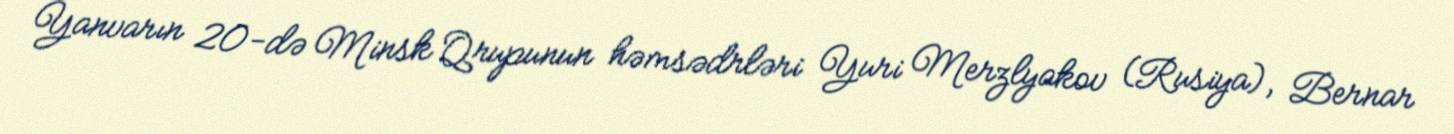
Yanvarın 20-də Minsk Qrupunun həmsədrləri Yuri Merzlyakov (Rusiya), Bernar